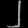
Digit: ၂